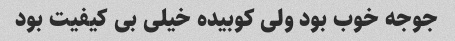
جوجه خوب بود ولی کوبیده خیلی بی کیفیت بود